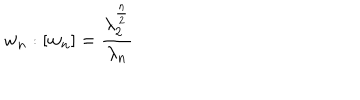
w _ { n } : [ w _ { n } ] = \frac { \lambda _ { 2 } ^ { \frac n 2 } } { \lambda _ { n } }